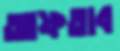
আফতাব